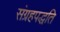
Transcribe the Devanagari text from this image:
संग्रहपद्धति